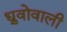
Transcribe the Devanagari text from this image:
ध्रुवोवाली